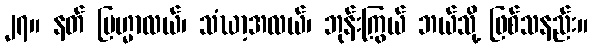
၂၇။ နတ် ဗြဟ္မာလယ်၊ သံဃာ့အလယ်၊ ဘုန်းကြွယ် ဘယ်သို့ ဖြစ်သနည်း။